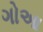
ગોઆ